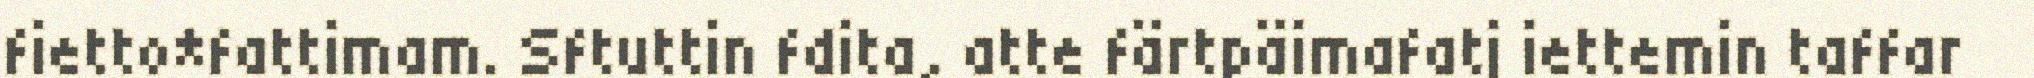
fietto*fattimam. Sftuttin fdita, atte färtpäimafatj iettemin taffar